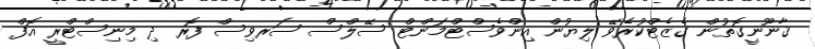
ޤާނޫނީގޮތުން ގެޒެޓްކުރެވޭ ލިޔުން އިންވެސްޓްމަންޓް ސޭލްސް ސަރވިސް ފޮރ ދި މިނިސްޓްރީ އޮފް